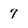
Character: 7